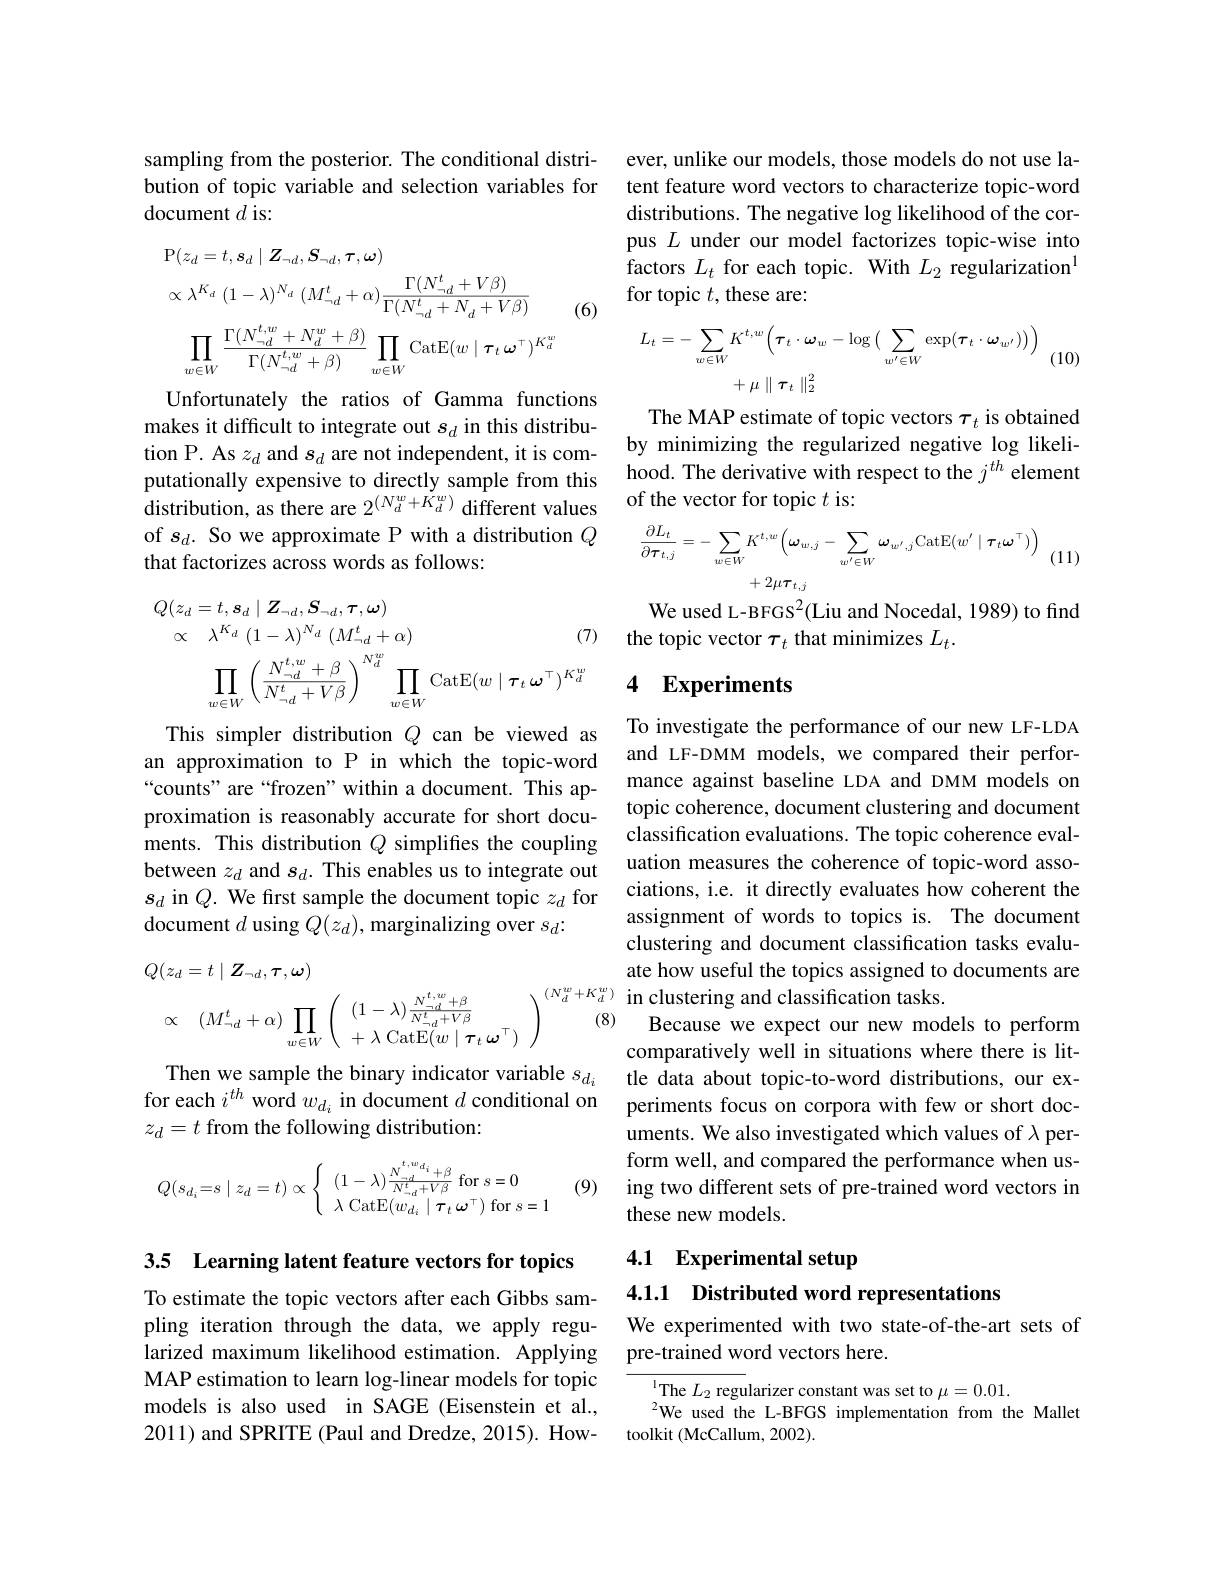
sampling from the posterior. The conditional distribution of topic variable and selection variables for document $d$ is:

(6)
$$\begin{aligned}&\mathrm{P}(z_{d}=t,s_{d}\mid\boldsymbol{Z}_{\neg d},\boldsymbol{S}_{\neg d},\boldsymbol{\tau},\boldsymbol{\omega})\\&\propto\lambda^{K_{d}}\:(1-\lambda)^{N_{d}}\:(M_{\neg d}^{t}+\alpha)\frac{\Gamma(N_{\neg d}^{t}+V\beta)}{\Gamma(N_{\neg d}^{t}+N_{d}+V\beta)}\\&\prod_{w\in W}\frac{\Gamma(N_{\neg d}^{t,w}+N_{d}^{w}+\beta)}{\Gamma(N_{\neg d}^{t,w}+\beta)}\prod_{w\in W}\mathrm{CatE}(w\mid\tau_{t}\:\boldsymbol{\omega}^{\top})^{K_{d}^{w}}\end{aligned}$$
Unfortunately the ratios of Gamma functions makes it difficult to integrate out $s_d$ in this distribution P. As $z_d$ and $s_d$ are not independent, it is computationally expensive to directly sample from this distribution, as there are $2^{(N_{d}^{w}+\tilde{K}_{d}^{w})}$ different values of $s_d.$ So we approximate P with a distribution $Q$ that factorizes across words as follows:
$$\begin{aligned}Q(z_{d}=t,\boldsymbol{s}_{d}\mid\boldsymbol{Z}_{\neg d},\boldsymbol{S}_{\neg d},\boldsymbol{\tau},\boldsymbol{\omega})\\\propto\quad\lambda^{K_{d}}\:(1-\lambda)^{N_{d}}\:(M_{\neg d}^{t}+\alpha)&\text{(7)}\\\prod_{w\in W}\left(\frac{N_{\neg d}^{t,w}+\beta}{N_{\neg d}^{t}+V\beta}\right)^{N_{d}^{w}}\prod_{w\in W}\mathrm{CatE}(w\mid\boldsymbol{\tau}_{t}\:\boldsymbol{\omega}^{\top})^{K_{d}^{w}}\end{aligned}$$
This simpler distribution $Q$ can be viewed as an approximation to P in which the topic-word “counts” are“frozen” within a document. This approximation is reasonably accurate for short documents. This distribution $Q$ simplifies the coupling between $z_d$ and $s_d.$ This enables us to integrate out $s_{d}$ in $Q.$ We first sample the document topic $z_d$ for document $d$ using $Q(z_d)$, marginalizing over $s_d:$
$$\begin{aligned}&Q(z_{d}=t\mid\boldsymbol{Z}_{\neg d},\boldsymbol{\tau},\boldsymbol{\omega})\\&\propto\quad(M_{\neg d}^{t}+\alpha)\prod_{w\in W}\left(\begin{array}{c}(1-\lambda)\frac{N_{\neg d}^{t,w}+\beta}{N_{\neg d}^{t}+V\beta}\\+\lambda\:\mathrm{CatE}(w\mid\tau_{t}\:\boldsymbol{\omega}^{\top})\end{array}\right)\begin{array}{c}(N_{d}^{w}+K_{d}^{w})\\(8)\end{array}\end{aligned}$$
Then we sample the binary indicator variable $s_d_i$ for each $i^th$ word $w_{d_i}$ in document $d$ conditional on $z_d=t$ from the following distribution:
$$Q(s_{d_i}=s\mid z_d=t)\propto\left\{\begin{array}{l}(1-\lambda)\frac{N_{\rightarrow d}^{^{t,w_{d_i}}}+\beta}{N_{\rightarrow d}^{t}+V\beta}\:\mathrm{for}\:s=0\\\lambda\:\mathrm{CatE}(w_{d_i}\mid\tau_t\:\omega^\top)\:\mathrm{for}\:s=1\end{array}\right.$$
(9)

3.5 Learning latent feature vectors for topics

To estimate the topic vectors after each Gibbs sampling iteration through the data, we apply regularized maximum likelihood estimation. Applying MAP estimation to learn log-linear models for topic models is also used in SAGE (Eisenstein et al., 2011) and SPRITE (Paul and Dredze, 2015). How-

ever, unlike our models, those models do not use latent feature word vectors to characterize topic-word distributions. The negative log likelihood of the corpus $L$ under our model factorizes topic-wise into factors $L_{t}$ for each topic. With $L_{2}$ regularization$^{1}$ for topic $t$, these are:
$$\begin{aligned}L_{t}&=-\sum_{w\in W}K^{t,w}\left(\boldsymbol{\tau}_{t}\cdot\boldsymbol{\omega}_{w}-\log\big(\sum_{w^{\prime}\in W}\exp(\boldsymbol{\tau}_{t}\cdot\boldsymbol{\omega}_{w^{\prime}})\big)\right)\\&+\mu\parallel\tau_{t}\parallel_{2}^{2}\end{aligned}$$
(10)

The MAP estimate of topic vectors $\tau_t$ is obtained by minimizing the regularized negative log likelihood. The derivative with respect to the $j^{th}$ element of the vector for topic $t$ is:

$+2\mu\tau_{t,j}$

(11)

We used L-BFGS$^2($Liu and Nocedal, 1989) to find
the topic vector $\tau_t$ that minimizes $L_t.$

## 4 Experiments

To investigate the performance of our new LF-LDA and LF-DMM models, we compared their performance against baseline LDA and DMM models on topic coherence, document clustering and document classification evaluations. The topic coherence evaluation measures the coherence of topic-word associations, i.e. it directly evaluates how coherent the assignment of words to topics is. The document clustering and document classification tasks evaluate how useful the topics assigned to documents are
$( N_{d}^{w}+ K_{d}^{w})$ in clustering and classification tasks.
Because we expect our new models to perform comparatively well in situations where there is little data about topic-to-word distributions, our experiments focus on corpora with few or short documents. We also investigated which values of $\lambda$ perform well, and compared the performance when using two different sets of pre-trained word vectors in these new models.

## 4.1 Experimental setup 4.1.1 Distributed word representations

We experimented with two state-of-the-art sets of
pre-trained word vectors here.

$^{\mathrm{l}}$The $L_2$ regularizer constant was set to $\mu=0.01.$
We used the L-BFGS implementation from the Mallet
toolkit (McCallum, 2002).